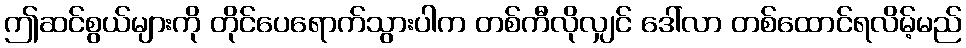
ဤဆင်စွယ်များကို တိုင်ပေရောက်သွားပါက တစ်ကီလိုလျှင် ဒေါ်လာ တစ်ထောင်ရလိမ့်မည်